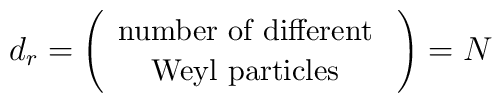
d_r=\left(  \begin{array}{c}       \mbox{{\small number of different} } \\       \mbox{{\small Weyl particles} }         \end{array} \right)=N